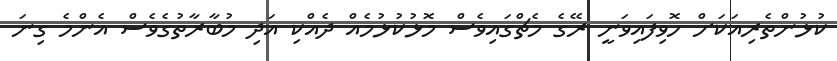
ކުޅުންތެރިއަކަށް ހޮވިފައިވަނީ ރޭގެ މެޗްގައިވެސް މޮޅުކުޅުމެއް ދެއްކި އަދި މުބާރާތުގެވެސް އެންމެ ގިނަ